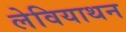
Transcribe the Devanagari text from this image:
लेवियाथन